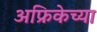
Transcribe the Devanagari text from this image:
अफ्रिकेच्या